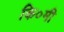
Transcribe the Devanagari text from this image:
कि०मी